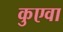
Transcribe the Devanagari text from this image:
कुएवा